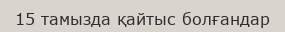
15 тамызда қайтыс болғандар